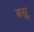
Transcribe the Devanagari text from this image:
त्रस्नु